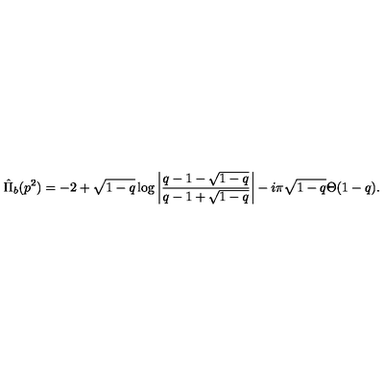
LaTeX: \hat { \Pi } _ { b } ( p ^ { 2 } ) = - 2 + \sqrt { 1 - q } \log \left| \frac { q - 1 - \sqrt { 1 - q } } { q - 1 + \sqrt { 1 - q } } \right| - i \pi \sqrt { 1 - q } \Theta ( 1 - q ) .